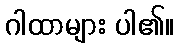
ဂါထာများ ပါ၏။